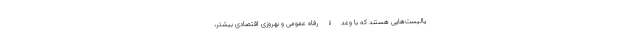
یالیست‌هایی‌ هستند که با وعدۀ رفاه عمومی و بهروزی اقتصادیِ بیشتر،